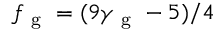
f _ { \mathrm { ~ g ~ } } = ( 9 \gamma _ { \mathrm { ~ g ~ } } - 5 ) / 4